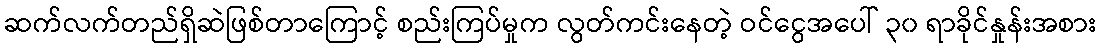
ဆက်လက်တည်ရှိဆဲဖြစ်တာကြောင့် စည်းကြပ်မှုက လွတ်ကင်းနေတဲ့ ဝင်ငွေအပေါ် ၃၀ ရာခိုင်နှုန်းအစား